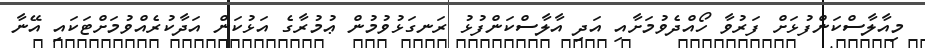
މިއާލާސްކަންފުޅަށް ފަރުވާ ހޯއްދެވުމަށާއި އަދި އާލާސްކަންފުޅު ރަނގަޅުވުމުން ޢުމުރާގެ އަޅުކަން އަދާކުރެއްވުމަށްޓަކައި އޭނާ